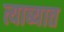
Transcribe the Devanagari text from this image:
त्याब्यात